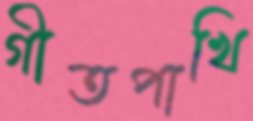
গীতপাখি